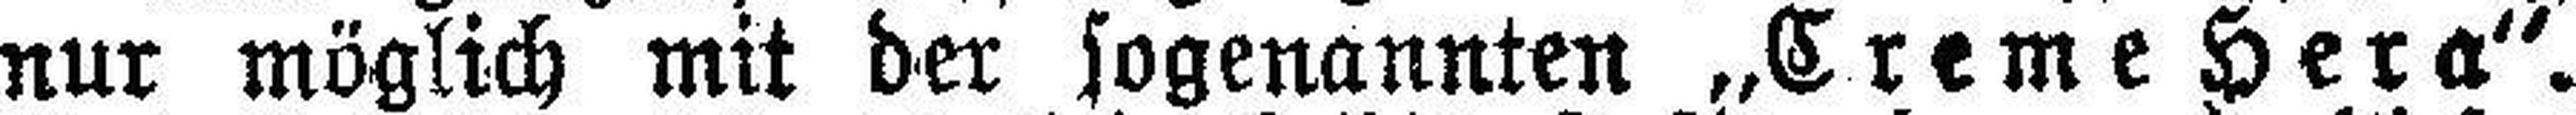
nur möglich mit der sogenannten „Creme Hera“.